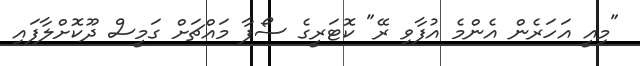
"މިއީ އަހަރެން އެންމެ އުފާވި ރޭ" ކޮޓަރީގެ ސޯފާ މައްޗަށް ގަމީސް ދޫކޮށްލާފައި